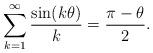
LaTeX: \begin{align*} \sum_{k=1}^{\infty} \frac{ \sin ( k \theta)}{k} = \frac{ \pi - \theta}{2}. \end{align*}